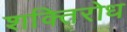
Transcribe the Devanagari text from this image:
शक्तिरोध